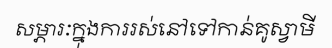
សម្ភារៈក្នុងការរស់នៅទៅកាន់គូស្វាមី